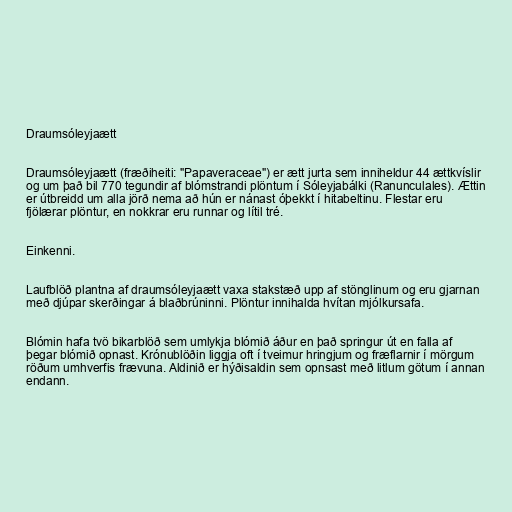
Draumsóleyjaætt

Draumsóleyjaætt (fræðiheiti: "Papaveraceae") er ætt jurta sem inniheldur 44 ættkvíslir
og um það bil 770 tegundir af blómstrandi plöntum í Sóleyjabálki (Ranunculales). Ættin
er útbreidd um alla jörð nema að hún er nánast óþekkt í hitabeltinu. Flestar eru
fjölærar plöntur, en nokkrar eru runnar og lítil tré.

Einkenni.

Laufblöð plantna af draumsóleyjaætt vaxa stakstæð upp af stönglinum og eru gjarnan
með djúpar skerðingar á blaðbrúninni. Plöntur innihalda hvítan mjólkursafa.

Blómin hafa tvö bikarblöð sem umlykja blómið áður en það springur út en falla af
þegar blómið opnast. Krónublöðin liggja oft í tveimur hringjum og fræflarnir í mörgum
röðum umhverfis frævuna. Aldinið er hýðisaldin sem opnsast með litlum götum í annan
endann.